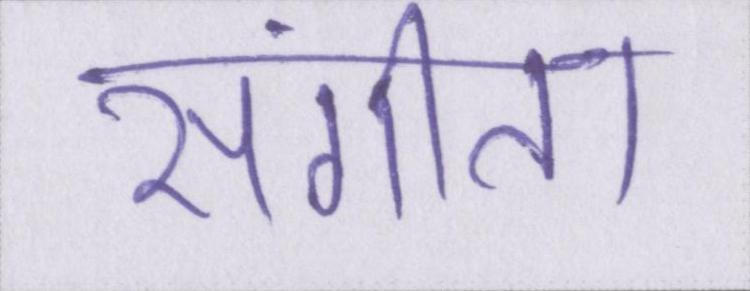
संगीता